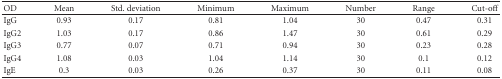
<table><thead><tr><td><b>OD</b></td><td><b>Mean</b></td><td><b>Std. deviation</b></td><td><b>Minimum</b></td><td><b>Maximum</b></td><td><b>Number</b></td><td><b>Range</b></td><td><b>Cut-off</b></td></tr></thead><tbody><tr><td>IgG</td><td>0.93</td><td>0.17</td><td>0.81</td><td>1.04</td><td>30</td><td>0.47</td><td>0.31</td></tr><tr><td>IgG2</td><td>1.03</td><td>0.17</td><td>0.86</td><td>1.47</td><td>30</td><td>0.61</td><td>0.29</td></tr><tr><td>IgG3</td><td>0.77</td><td>0.07</td><td>0.71</td><td>0.94</td><td>30</td><td>0.23</td><td>0.28</td></tr><tr><td>IgG4</td><td>1.08</td><td>0.03</td><td>1.04</td><td>1.14</td><td>30</td><td>0.1</td><td>0.12</td></tr><tr><td>IgE</td><td>0.3</td><td>0.03</td><td>0.26</td><td>0.37</td><td>30</td><td>0.11</td><td>0.08</td></tr></tbody></table>